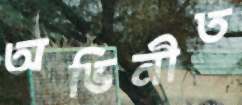
অভিনীত